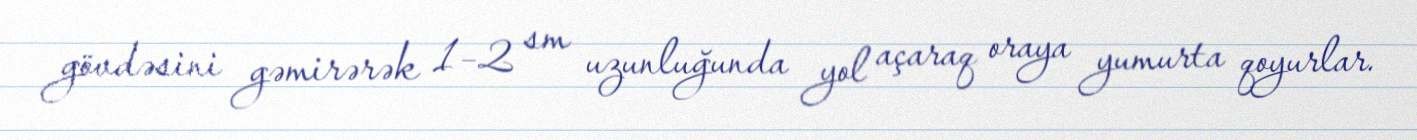
gövdəsini gəmirərək 1–2 sm uzunluğunda yol açaraq oraya yumurta qoyurlar.